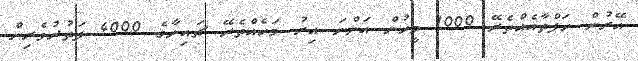
އޭރުން ހަފްތާއެއްތެރޭ 1000 މީހުން އަންނަ އިރު މަހެއްތެރޭ ޗައިނާގެ 4000 ފަތުރުވެރިން